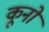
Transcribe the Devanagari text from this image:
कूनो